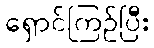
ရှောင်ကြဉ်ပြီး